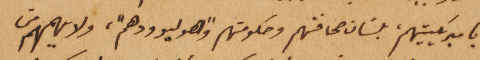
باميركيتيهم، بلسَان صحافتهم وحكومتهم "وهوليوودهم"، ولا يهمهم من